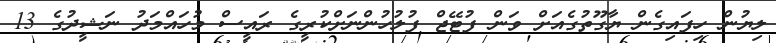
ލިޔުން ހިފައިގެން ޔާގޫތުގެއަށް ވަން ފުޓޭޖް ފުލުހުންނަށްކުރީގެ ރައީސް މުހައްމަދު ނަޝީދުގެ 13